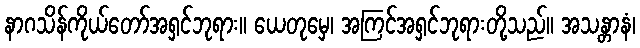
နာဂသိန်ကိုယ်တော်အရှင်ဘုရား။ ယေတုမှေ၊ အကြင်အရှင်ဘုရားတို့သည်။ အသန္တာနံ၊